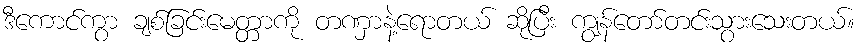
ဒီကောင်ကွာ ချစ်ခြင်းမေတ္တာကို တဏှာနဲ့ရောတယ် ဆိုပြီး ကျွန်တော်တင်းသွားသေးတယ်။